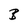
Character: B